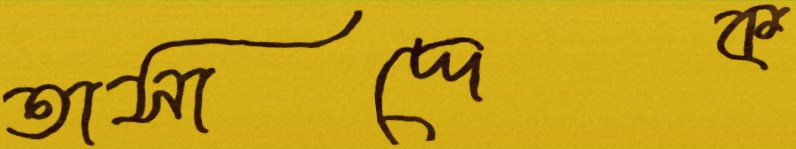
তাসাদ্দেক